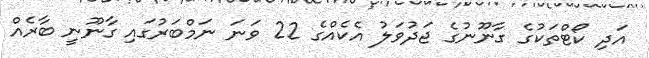
އަދި ކޯޓްތަކުގެ ގާނޫނުގެ ޖަދުވަލު އެކެއްގެ 22 ވަނަ ނަމްބަރުގައި ގާނޫނީ ބާރެއް